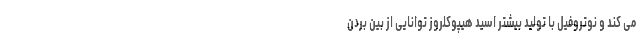
می کند و نوتروفیل با تولید بیشتر اسید هیپوکلروز توانایی از بین بردن